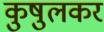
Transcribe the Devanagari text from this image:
कुषुलकर